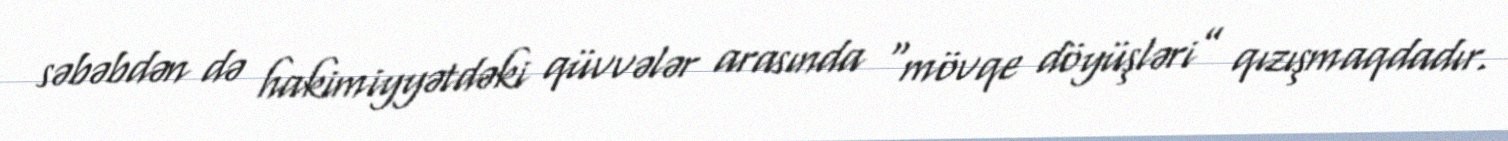
səbəbdən də hakimiyyətdəki qüvvələr arasında “mövqe döyüşləri” qızışmaqdadır.